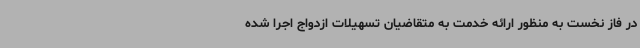
در فاز نخست به منظور ارائه خدمت به متقاضیان تسهیلات ازدواج اجرا شده